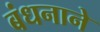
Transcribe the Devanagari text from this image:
बंधनाने